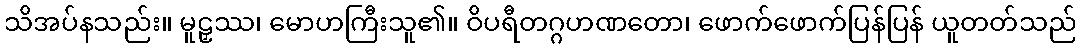
သိအပ်နသည်း။ မူဠှဿ၊ မောဟကြီးသူ၏။ ဝိပရီတဂ္ဂဟဏတော၊ ဖောက်ဖောက်ပြန်ပြန် ယူတတ်သည်